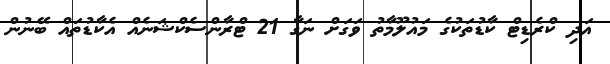
އަދި ކްރެޑިޓް ކާޑުތަކުގެ މައުލޫމާތު ވަގަށް ނަގާ 21 ޓްރާންސެކްޝަނެއް އެކާޑުތައް ބޭނުން